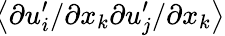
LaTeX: \! \left\langle{\partial u_{i}^{\prime}/\partial x_{k}\partial u_{j}^{\prime}/\partial x_{k}}\right\rangle